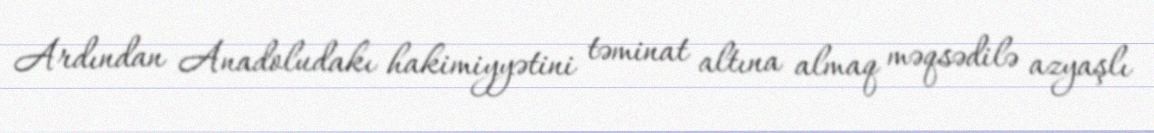
Ardından Anadoludakı hakimiyyətini təminat altına almaq məqsədilə azyaşlı